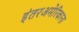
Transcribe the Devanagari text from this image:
इंतरअमेरिकाना